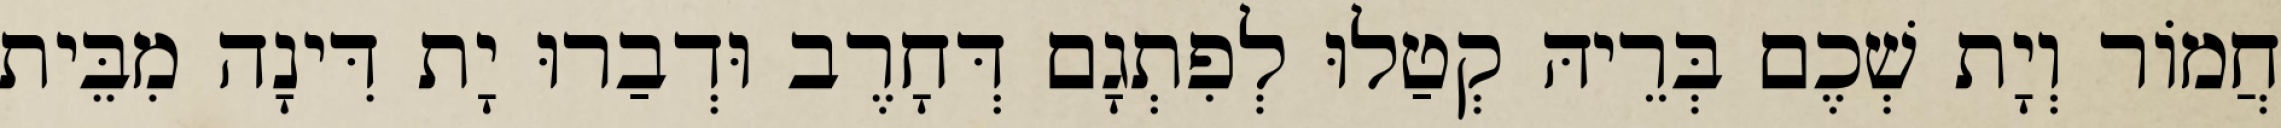
חֲמוֹר וְיָת שְׁכֶם בְּרֵיהּ קְטַלוּ לְפִתְגָם דְּחָרֶב וּדְבַרוּ יָת דִּינָה מִבֵּית